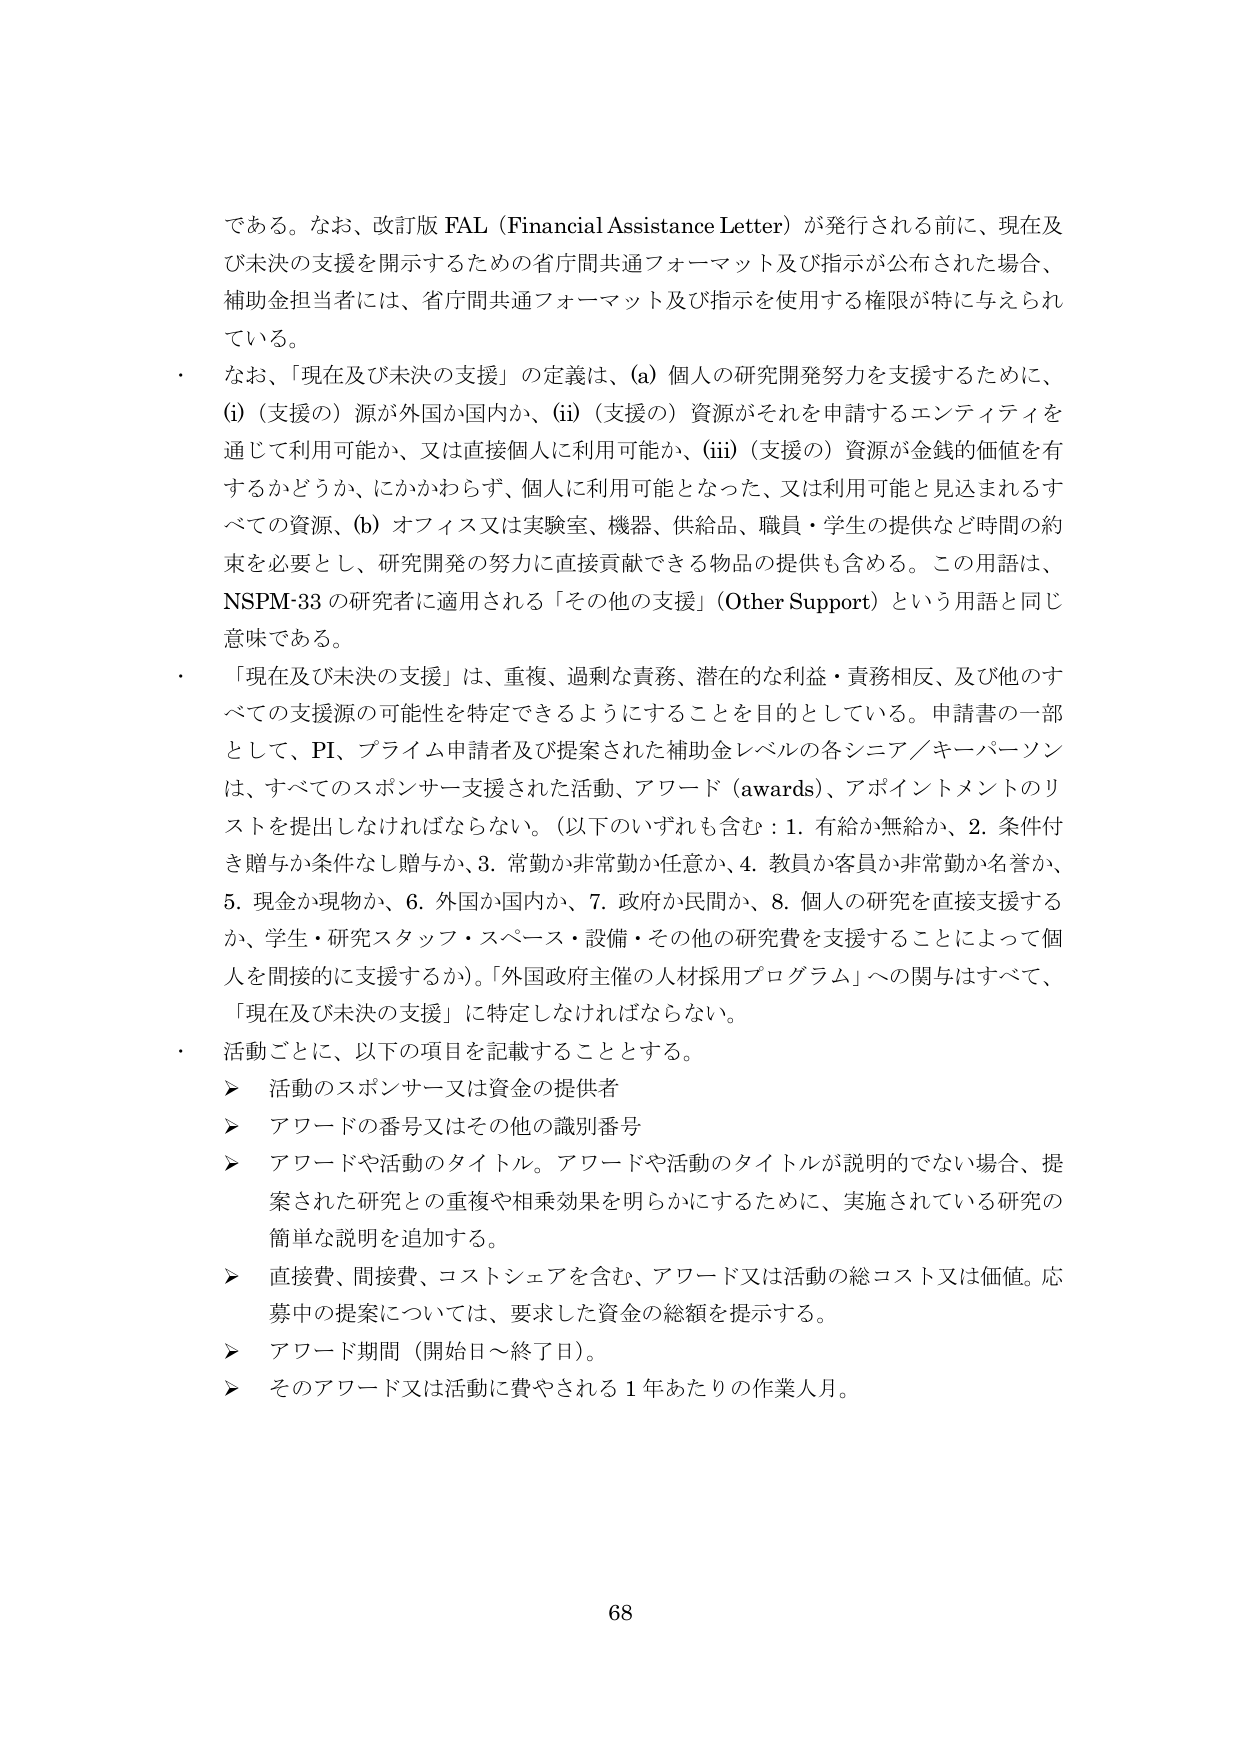
である。なお、改訂版 FAL（Financial Assistance Letter）が発行される前に、現在及び未決の支援を開示するための省庁間共通フォーマット及び指示が公布された場合、補助金担当者には、省庁間共通フォーマット及び指示を使用する権限が特に与えられている。

・ なお、「現在及び未決の支援」の定義は、(a) 個人の研究開発努力を支援するために、(i)（支援の）源が外国か国内か、(ii)（支援の）資源がそれを申請するエンティティを通じて利用可能か、又は直接個人に利用可能か、(iii)（支援の）資源が金銭的価値を有するかどうか、にかかわらず、個人に利用可能となった、又は利用可能と見込まれるすべての資源、(b) オフィス又は実験室、機器、供給品、職員・学生の提供など時間の約束を必要とし、研究開発の努力に直接貢献できる物品の提供も含める。この用語は、NSPM-33 の研究者に適用される「その他の支援」（Other Support）という用語と同じ意味である。

・ 「現在及び未決の支援」は、重複、過剰な責務、潜在的な利益・責務相反、及び他のすべての支援源の可能性を特定できるようにすることを目的としている。申請書の一部として、PI、プライム申請者及び提案された補助金レベルの各シニア／キーパーソンは、すべてのスポンサー支援された活動、アワード（awards）、アポイントメントのリストを提出しなければならない。（以下のいずれも含む：1. 有給か無給か、2. 条件付き贈与か条件なし贈与か、3. 常勤か非常勤か任意か、4. 教員か客員か非常勤か名誉か、5. 現金か現物か、6. 外国か国内か、7. 政府か民間か、8. 個人の研究を直接支援するか、学生・研究スタッフ・スペース・設備・その他の研究費を支援することによって個人を間接的に支援するか）。「外国政府主催の人材採用プログラム」への関与はすべて、「現在及び未決の支援」に特定しなければならない。

・ 活動ごとに、以下の項目を記載することとする。
　➤ 活動のスポンサー又は資金の提供者
　➤ アワードの番号又はその他の識別番号
　➤ アワードや活動のタイトル。アワードや活動のタイトルが説明的でない場合、提案された研究との重複や相乗効果を明らかにするために、実施されている研究の簡単な説明を追加する。
　➤ 直接費、間接費、コストシェアを含む、アワード又は活動の総コスト又は価値。応募中の提案については、要求した資金の総額を提示する。
　➤ アワード期間（開始日～終了日）。
　➤ そのアワード又は活動に費やされる１年あたりの作業人月。

68